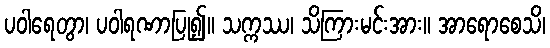
ပဝါရေတွာ၊ ပဝါရဏာပြု၍။ သက္ကဿ၊ သိကြားမင်းအား။ အာရောစေသိ၊